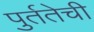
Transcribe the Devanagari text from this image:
पुर्ततेची